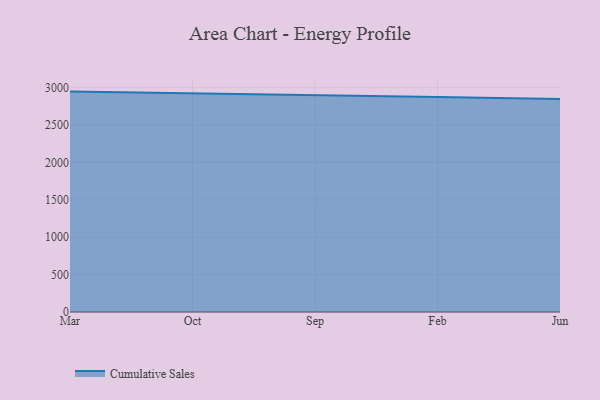
{"axis": {"x": "Month", "y": "Bounce Rate (%)"}, "legend": ["Cumulative Sales"], "data": [{"x": "Mar", "y": 2947.0, "type": "Cumulative Sales"}, {"x": "Oct", "y": 2926.4, "type": "Cumulative Sales"}, {"x": "Sep", "y": 2898.1, "type": "Cumulative Sales"}, {"x": "Feb", "y": 2875.8, "type": "Cumulative Sales"}, {"x": "Jun", "y": 2848.6, "type": "Cumulative Sales"}]}